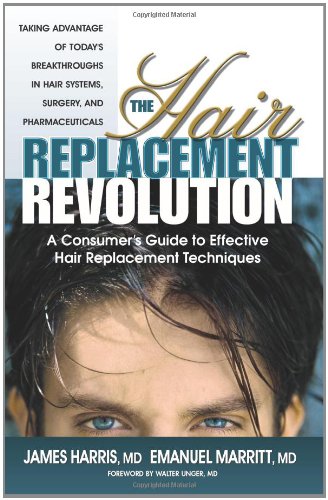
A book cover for The Hair Replacement Revolution: A Consumer's Guide to Effective Hair Replacement Techniques; James Harris; Health, Fitness & Dieting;